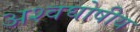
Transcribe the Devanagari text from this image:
अश्वघोषीय